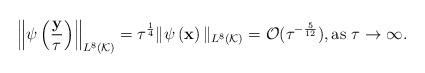
LaTeX: \begin{align*} \left\|\psi\left(\frac{\mathbf y}{\tau}\right)\right\|_{L^8(\mathcal K)}=\tau^{\frac{1}{4}}\|\psi\left(\mathbf x\right)\|_{L^8(\mathcal K)}=\mathcal O(\tau^{-\frac{5}{12}}),\mbox{as $\tau \rightarrow \infty$. } \end{align*}